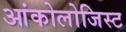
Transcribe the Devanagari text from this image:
आंकोलोजिस्ट